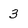
Character: 3